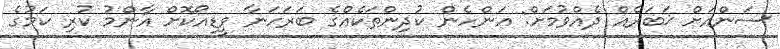
ސަންއަށް ޚަބަރެއް ދެއްވުމަށް: އަންހެން ކުދިންތަކެއްގެ ބަރަހަނާ ވީޑިއޯކޮށް އާންމު ކުރި ކަމުގެ